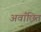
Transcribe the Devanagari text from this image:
अवाँछित